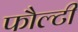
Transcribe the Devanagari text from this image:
फौल्टी